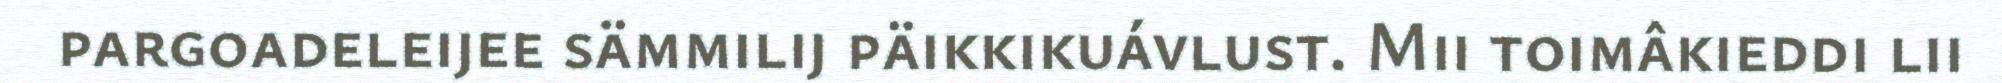
pargoadeleijee sämmilij päikkikuávlust. Mii toimâkieddi lii